NAE_kihelkonnakohtute_kirjad_ja_protokollid_1869-1889, lk 4
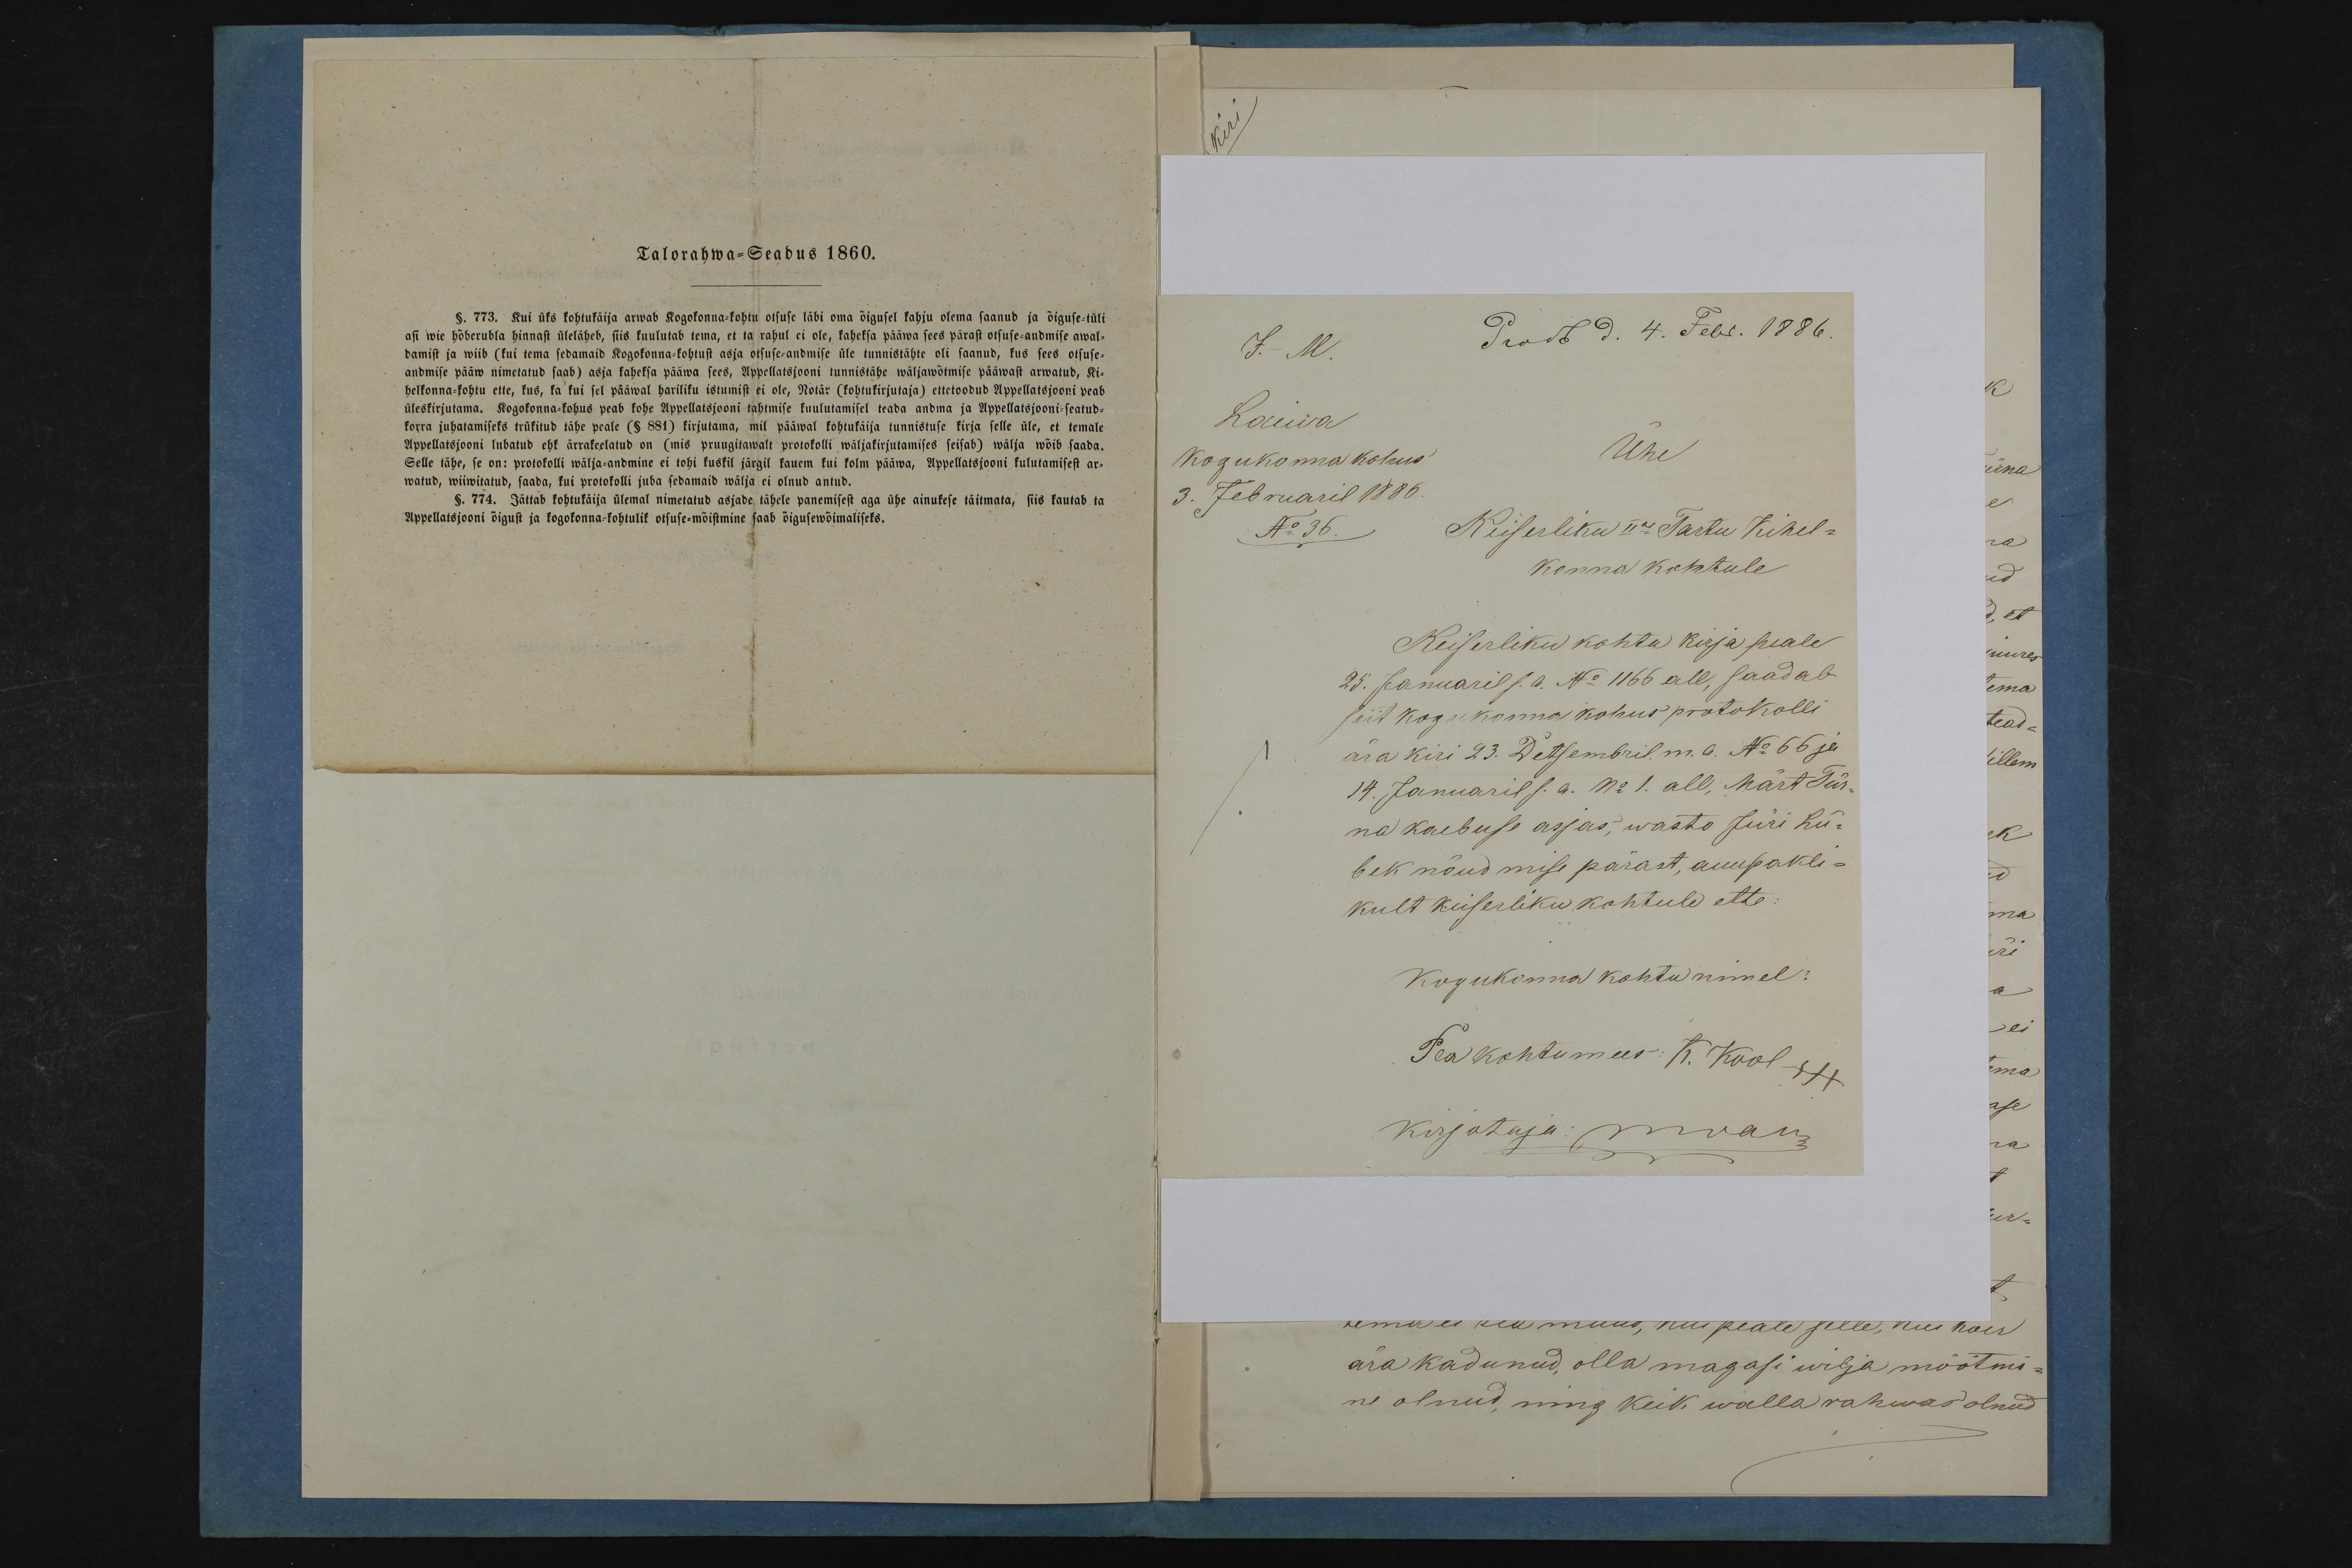
Talorahwa-Seadus 1860.

J. M.
Laiwa
Ühe
kogukonna kohus
3. Februaril 1886
Keiserliku IIas Tartu Kihel-
N36.
konna kohtule
Keiserliku kohtu kirja peale
25. Januaril s. a. No 1166 all, saadab
siit kogukonna kohus protokolli
ära kiri 23. Detsembril m. a. No 66 ja
14. Januaril s. a. No 1. all, Märt Tür-
na kaebuse asjas, wasto Jüri Lü-
bek nõudmise pärast, auupakli-
kult keiserliku kohtule ette
Kogukonna kohtu nimel: